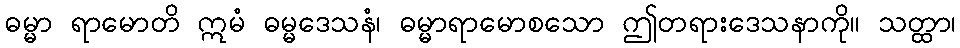
ဓမ္မာ ရာမောတိ ဣမံ ဓမ္မဒေသနံ၊ ဓမ္မာရာမောစသော ဤတရားဒေသနာကို။ သတ္ထာ၊